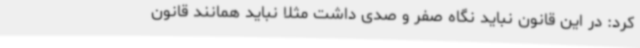
کرد: در این قانون نباید نگاه صفر و صدی داشت مثلا نباید همانند قانون